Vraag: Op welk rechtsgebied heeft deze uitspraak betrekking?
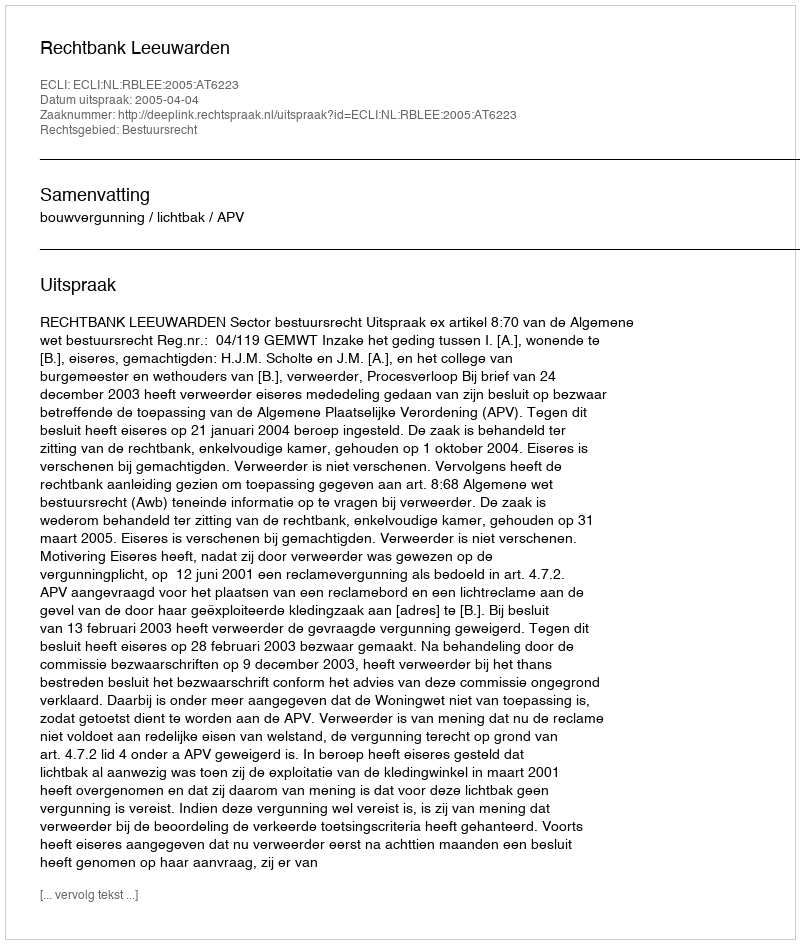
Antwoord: Bestuursrecht